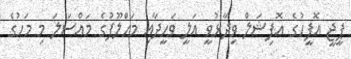
ޕީޖީ އޮފީހުގެ އޮފިޝަލް ވިދާޅުވީ އަލީ ވަހީދާއި މަހްލޫފުގެ މައްސަލަ މި މަހުގެ